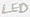
Text: LED